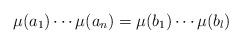
LaTeX: \begin{align*}\mu(a_1)\cdots\mu(a_n)=\mu(b_1)\cdots\mu(b_l) \end{align*}